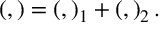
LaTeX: \left( , \right) = \left( , \right) _ { 1 } + \left( , \right) _ { 2 } .